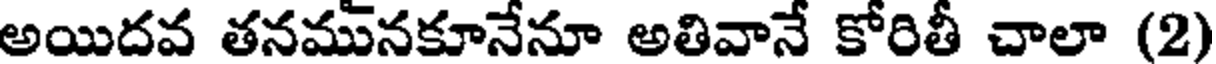
అయిదవ తనమునకూనేనూ అతివానే కోరితీ చాలా (2)